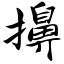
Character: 擤